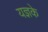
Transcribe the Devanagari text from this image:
यज्ञके